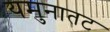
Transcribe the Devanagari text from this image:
यमुनातट